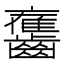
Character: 𪙯